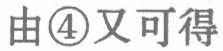
由\textcircled{4}又可得